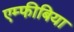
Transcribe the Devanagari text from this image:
एम्फीबिया